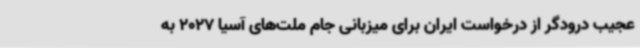
عجیب درودگر از درخواست ایران برای میزبانی جام ملت‌های آسیا 2027 به